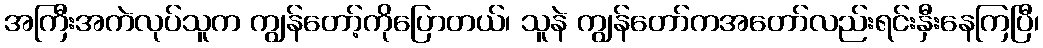
အကြီးအကဲလုပ်သူက ကျွန်တော့်ကိုပြောတယ်၊ သူနဲ ကျွန်တော်ကအတော်လည်းရင်းနှီးနေကြပြီ၊